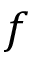
f